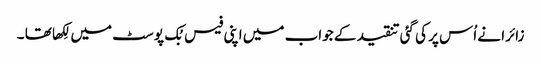
زائرا نے اُس پر کی گئی تنقید کے جواب میں اپنی فیس بُک پوسٹ میں لِکھا تھا ۔